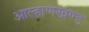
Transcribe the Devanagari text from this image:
आल्हाणखण्ड